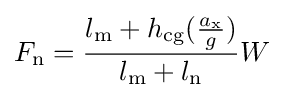
F_{\text{n}}={\frac {l_{\text{m}}+h_{\text{cg}}({\frac {a_{\text{x}}}{g}})}{l_{\text{m}}+l_{\text{n}}}}W